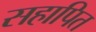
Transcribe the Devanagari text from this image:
सहापित